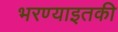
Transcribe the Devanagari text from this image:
भरण्याइतकी